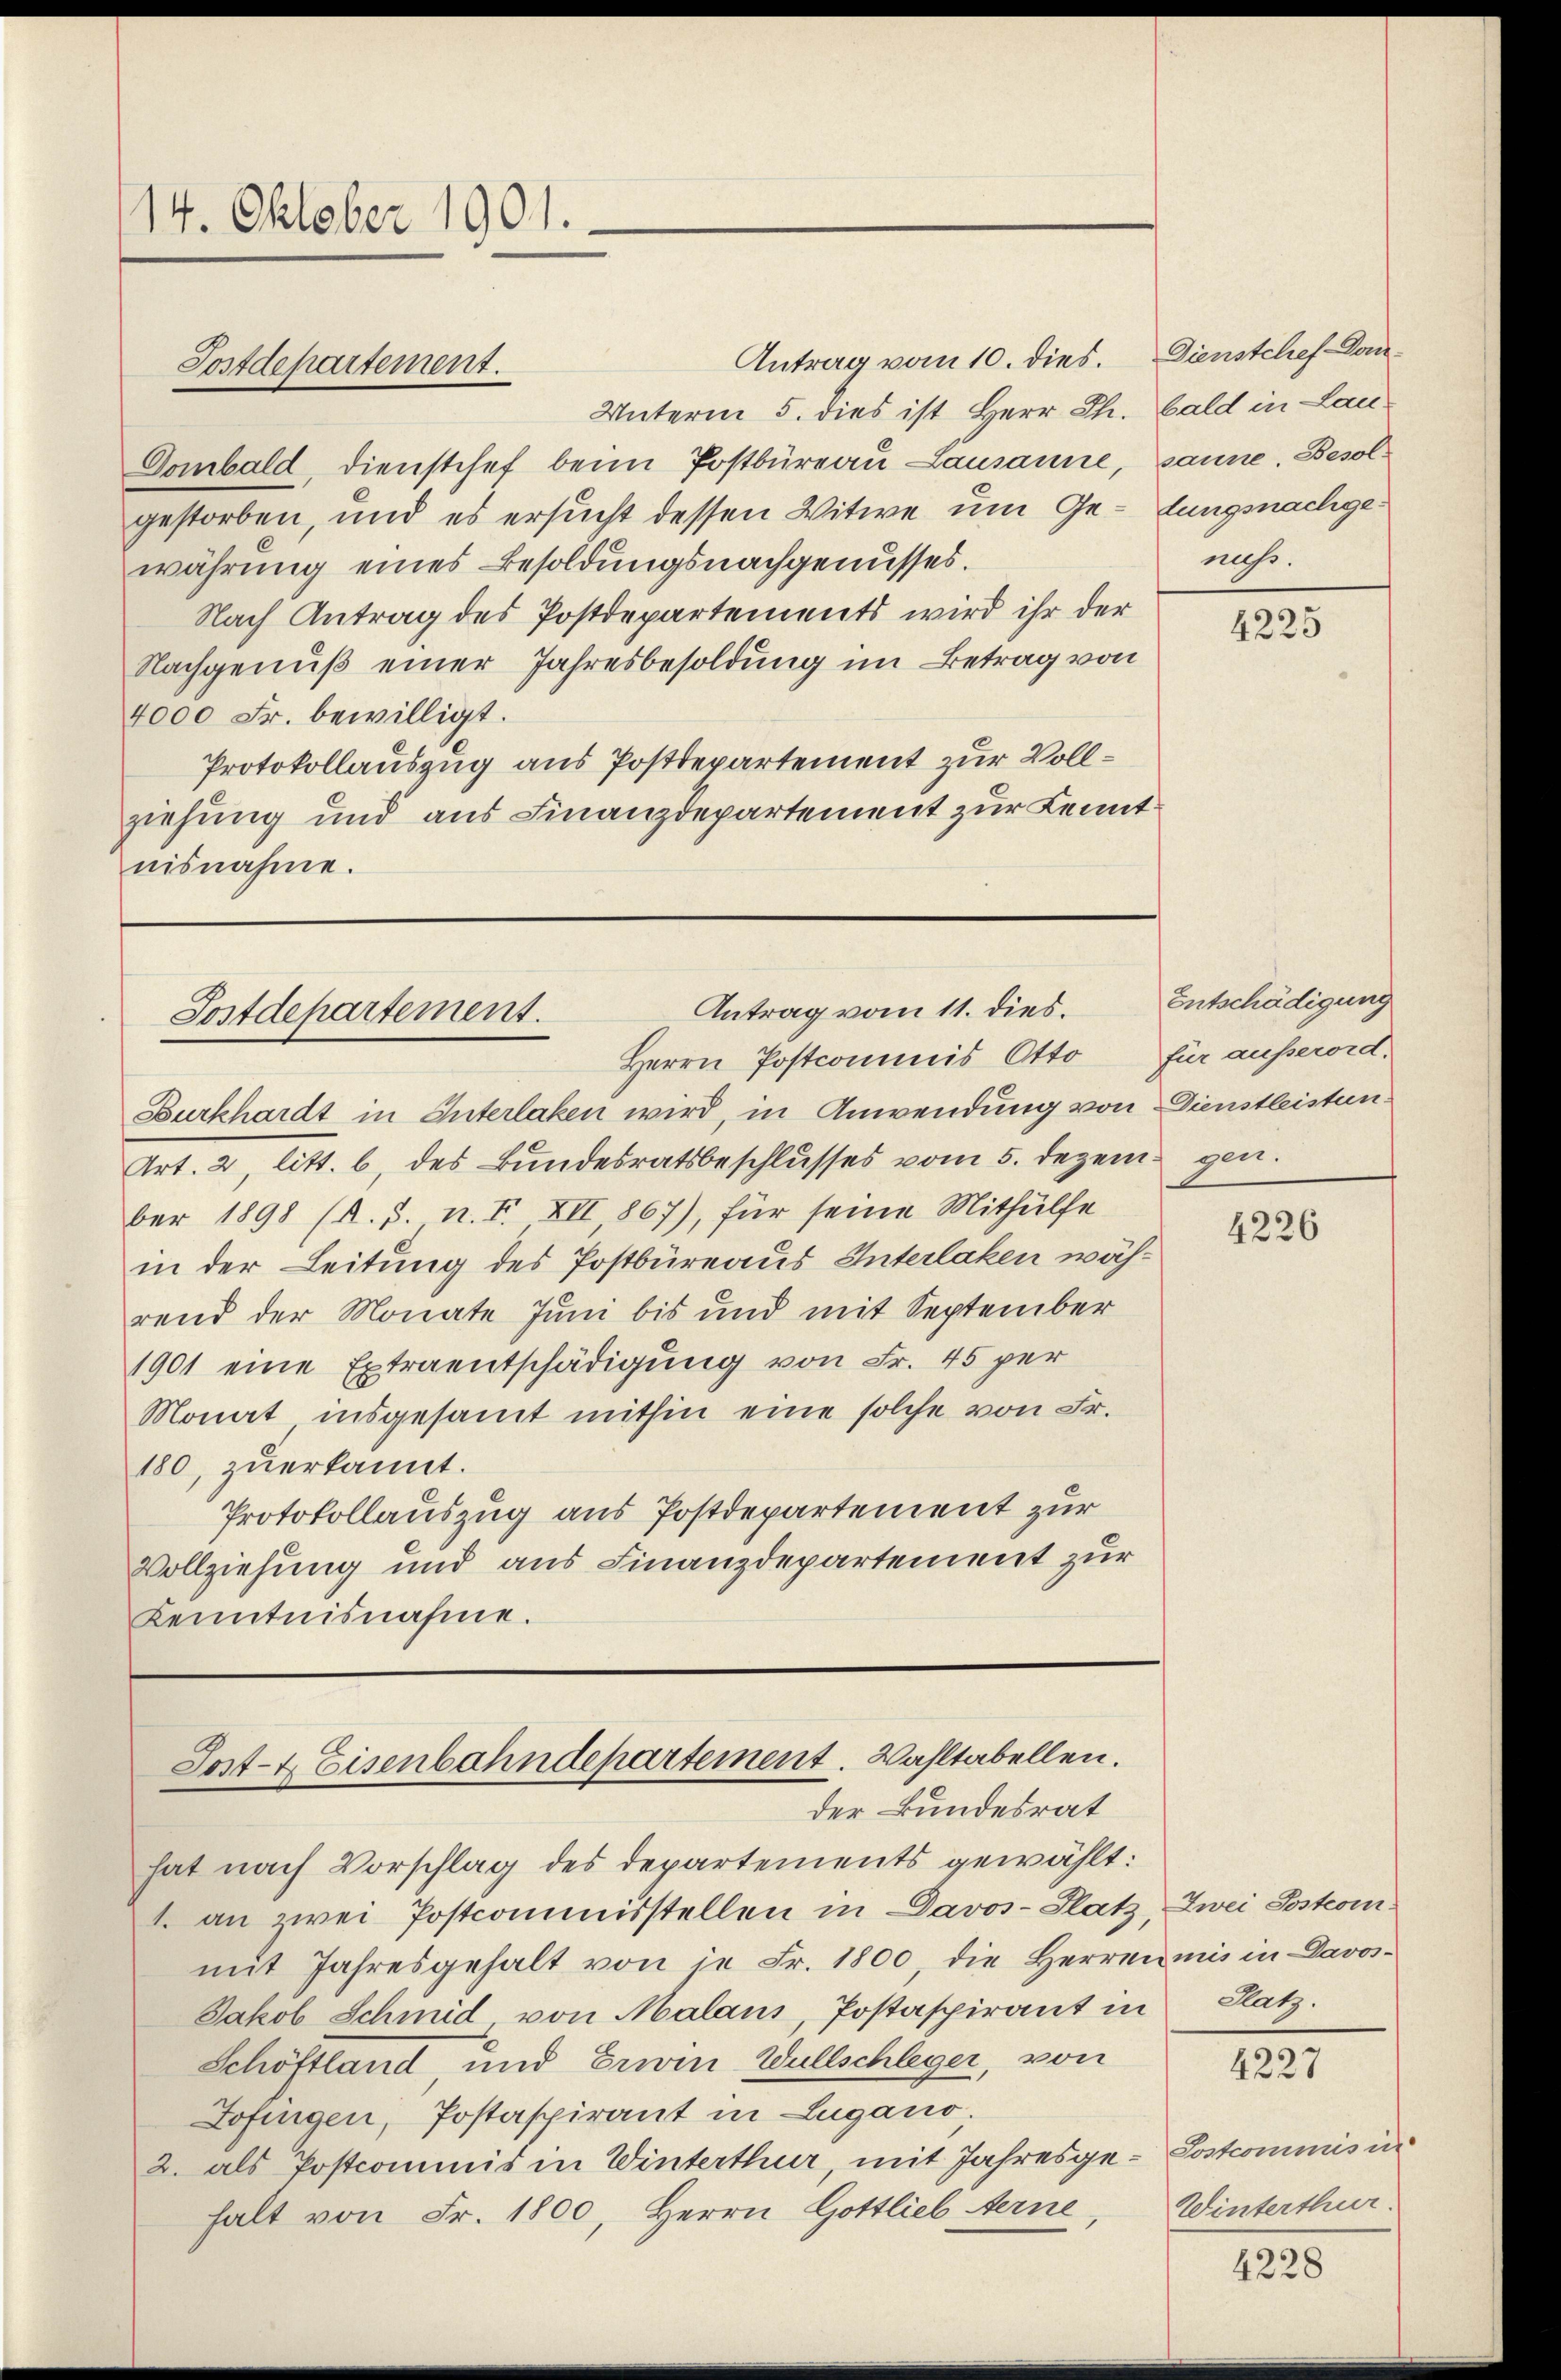
14. Oktober 1901.

Antrag vom 10. dies. Dienstchef-Don¬
Unterm 5. dies ist Herr Th. bald in Lau¬
Dombald, dienstchef beim Postbüreau Lausanne, sanne. Besolgestorben, und es ersucht dessen Witwe um Ge- lungsnachgewährung eines Besoldungsnachgenusses.
Nach Antrag des Postdepartements wird ihr der
Nachgenuß einer Jahresbesoldung im Betrag von
4000 Fr. bewilligt.
Protokollauszug aus Postdepartement zur Vollziehung und aus Finanzdepartement zur Kenntnisnahme.

Postdepartement.

Antrag vom 11. dies.
Postdepartement.
Herrn Postcommis Otto für ausserord¬

Sost- & Eisenbahndepartement. Wahltabellen.
der Bundesrat

Burkhardt in Interlaken wird, in Anwendung von Dienstleistun¬
Art. 2 litt. b des Bundesratsbeschlusses vom 5. Dezem gen.
ber 1898 (R. S. n. F. XII 867), für seine Mithülfe
in der Leitung des Postbüreaus Interlaken während der Monate Juni bis und mit September
1901 eine Extraentschädigung von Fr. 45 per
Monat insgesamt mithin eine solche von Fr.
180, zuerkannt.
Protokollauszug aus Postdepartement zur
Vollziehung und aus Finanzdepartement zur
Kenntnisnahme.

hat nach Vorschlag des Departements gewählt:
1. an zwei Postcommisstellen in Davos- Platz, Zwei Posterin
mit Jahresgehalt von je Fr. 1800, die Herren mit in Davos¬
Jakob Schmid von Malans, Postaspirant in Platz.
Schöftland, und Erwin Wullschleger, von
Zofingen, Postaspirant in Lugano,
2. als Postcommis in Winterthur, mit Jahresge-Postcommis in
halt von Fr. 1800, Herrn Gottlieb ferne,

mehr.

4225

Entschädigung

4226

4227

Winterthur.

4228